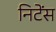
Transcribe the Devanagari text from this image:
निटेंस